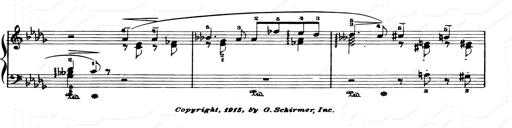
Title: Consolations and LiebestrÃ¤ume for the Piano
Composer: Franz Liszt